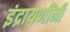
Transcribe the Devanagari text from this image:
इंद्रायणींनी